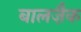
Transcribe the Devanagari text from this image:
बालज़ैक